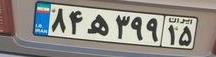
۸۴ه۳۹۹۱۵